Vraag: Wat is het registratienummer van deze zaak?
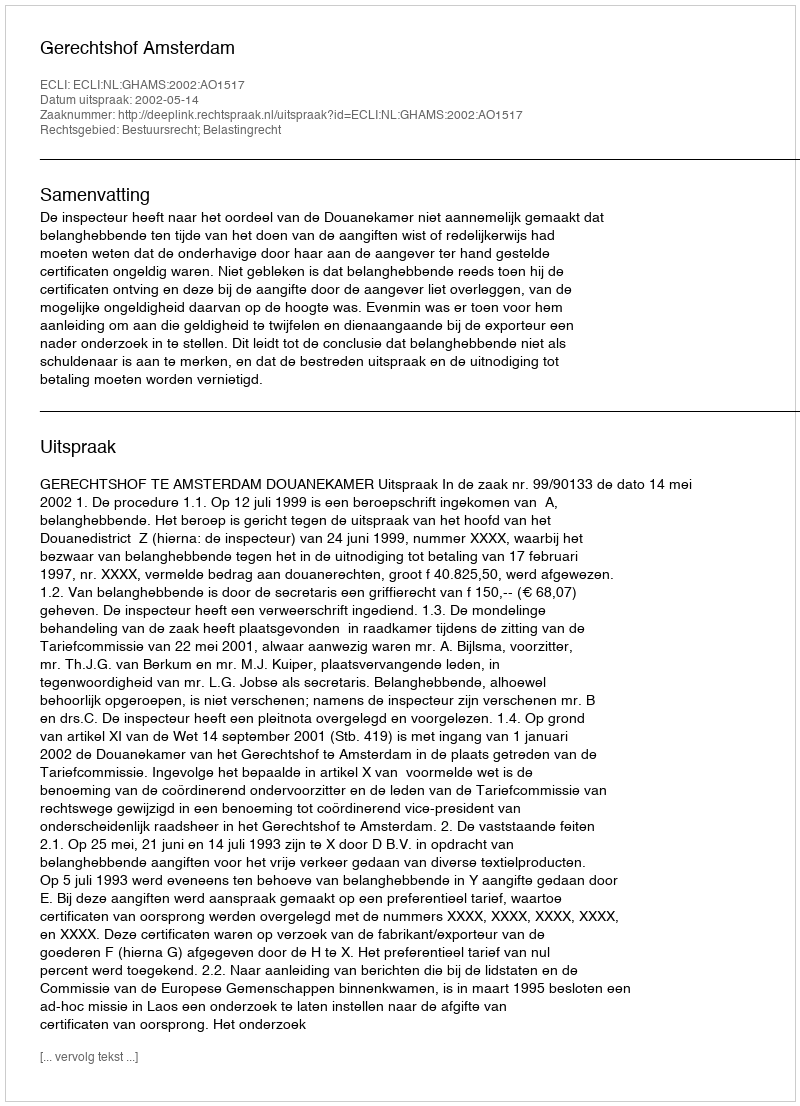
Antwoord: http://deeplink.rechtspraak.nl/uitspraak?id=ECLI:NL:GHAMS:2002:AO1517